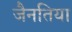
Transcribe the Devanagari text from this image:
जैनतिया